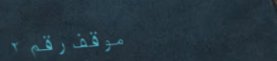
موقف رقم ٢